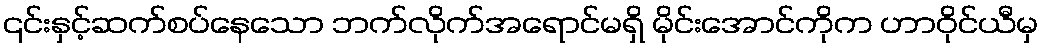
၎င်းနှင့်ဆက်စပ်နေသော ဘက်လိုက်အရောင်မရှိ မိုင်းအောင်ကိုက ဟာဝိုင်ယီမှ